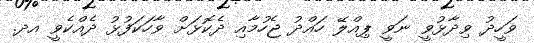
ވަހީދު ވިދާޅުވީ ނަވީ ޕިއްލޭ ހައްދު ޖެހުމާއި ދެކޮޅަށް ވާހަކަފުޅު ދެއްކެވީ އދ.